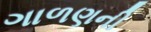
ગાળણની